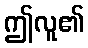
ဤလူ၏